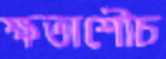
ক্ষতাশৌচ